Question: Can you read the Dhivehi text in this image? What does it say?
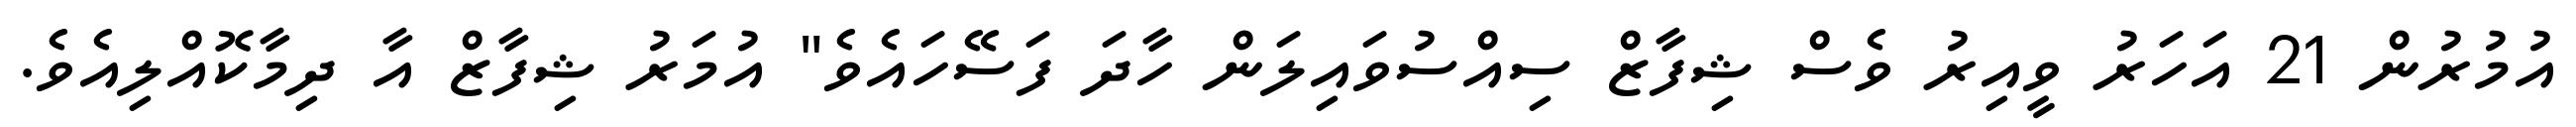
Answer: އުމުރުން 21 އަހަރު ވީއިރު ވެސް ޝިފާޒް ސިއްސުވައިލަން ހާދަ ފަސޭހައެވެ" އުމަރު ޝިފާޒް އާ ދިމާކޮއްލިއެވެ.